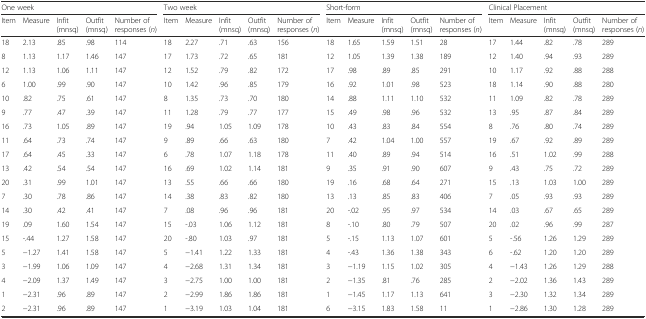
<table><thead><tr><td colspan="5"><b>One week</b></td><td colspan="5"><b>Two week</b></td><td colspan="5"><b>Short-form</b></td><td colspan="5"><b>Clinical Placement</b></td></tr><tr><td><b>Item</b></td><td><b>Measure</b></td><td><b>Infit(mnsq)</b></td><td><b>Outfit(mnsq)</b></td><td><b>Number of responses (<i>n</i>)</b></td><td><b>Item</b></td><td><b>Measure</b></td><td><b>Infit(mnsq)</b></td><td><b>Outfit(mnsq)</b></td><td><b>Number of responses (<i>n</i>)</b></td><td><b>Item</b></td><td><b>Measure</b></td><td><b>Infit(mnsq)</b></td><td><b>Outfit(mnsq)</b></td><td><b>Number of responses (<i>n</i>)</b></td><td><b>Item</b></td><td><b>Measure</b></td><td><b>Infit(mnsq)</b></td><td><b>Outfit(mnsq)</b></td><td><b>Number of responses (<i>n</i>)</b></td></tr></thead><tbody><tr><td>18</td><td>2.13</td><td>.85</td><td>.98</td><td>114</td><td>18</td><td>2.27</td><td>.71</td><td>.63</td><td>156</td><td>18</td><td>1.65</td><td>1.59</td><td>1.51</td><td>28</td><td>17</td><td>1.44</td><td>.82</td><td>.78</td><td>289</td></tr><tr><td>8</td><td>1.13</td><td>1.17</td><td>1.46</td><td>147</td><td>17</td><td>1.73</td><td>.72</td><td>.65</td><td>181</td><td>12</td><td>1.05</td><td>1.39</td><td>1.38</td><td>189</td><td>12</td><td>1.40</td><td>.94</td><td>.93</td><td>289</td></tr><tr><td>12</td><td>1.13</td><td>1.06</td><td>1.11</td><td>147</td><td>12</td><td>1.52</td><td>.79</td><td>.82</td><td>172</td><td>17</td><td>.98</td><td>.89</td><td>.85</td><td>291</td><td>10</td><td>1.17</td><td>.92</td><td>.88</td><td>288</td></tr><tr><td>6</td><td>1.00</td><td>.99</td><td>.90</td><td>147</td><td>10</td><td>1.42</td><td>.96</td><td>.85</td><td>179</td><td>16</td><td>.92</td><td>1.01</td><td>.98</td><td>523</td><td>18</td><td>1.14</td><td>.90</td><td>.88</td><td>280</td></tr><tr><td>10</td><td>.82</td><td>.75</td><td>.61</td><td>147</td><td>8</td><td>1.35</td><td>.73</td><td>.70</td><td>180</td><td>14</td><td>.88</td><td>1.11</td><td>1.10</td><td>532</td><td>11</td><td>1.09</td><td>.82</td><td>.78</td><td>289</td></tr><tr><td>9</td><td>.77</td><td>.47</td><td>.39</td><td>147</td><td>11</td><td>1.28</td><td>.79</td><td>.77</td><td>177</td><td>15</td><td>.49</td><td>.98</td><td>.96</td><td>532</td><td>13</td><td>.95</td><td>.87</td><td>.84</td><td>289</td></tr><tr><td>16</td><td>.73</td><td>1.05</td><td>.89</td><td>147</td><td>19</td><td>.94</td><td>1.05</td><td>1.09</td><td>178</td><td>10</td><td>.43</td><td>.83</td><td>.84</td><td>554</td><td>8</td><td>.76</td><td>.80</td><td>.74</td><td>289</td></tr><tr><td>11</td><td>.64</td><td>.73</td><td>.74</td><td>147</td><td>9</td><td>.89</td><td>.66</td><td>.63</td><td>180</td><td>7</td><td>.42</td><td>1.04</td><td>1.00</td><td>557</td><td>19</td><td>.67</td><td>.92</td><td>.89</td><td>289</td></tr><tr><td>17</td><td>.64</td><td>.45</td><td>.33</td><td>147</td><td>6</td><td>.78</td><td>1.07</td><td>1.18</td><td>178</td><td>11</td><td>.40</td><td>.89</td><td>.94</td><td>514</td><td>16</td><td>.51</td><td>1.02</td><td>.99</td><td>288</td></tr><tr><td>13</td><td>.42</td><td>.54</td><td>.54</td><td>147</td><td>16</td><td>.69</td><td>1.02</td><td>1.14</td><td>181</td><td>9</td><td>.35</td><td>.91</td><td>.90</td><td>607</td><td>9</td><td>.43</td><td>.75</td><td>.72</td><td>289</td></tr><tr><td>20</td><td>.31</td><td>.99</td><td>1.01</td><td>147</td><td>13</td><td>.55</td><td>.66</td><td>.66</td><td>180</td><td>19</td><td>.16</td><td>.68</td><td>.64</td><td>271</td><td>15</td><td>.13</td><td>1.03</td><td>1.00</td><td>289</td></tr><tr><td>7</td><td>.30</td><td>.78</td><td>.86</td><td>147</td><td>14</td><td>.38</td><td>.83</td><td>.82</td><td>180</td><td>13</td><td>.13</td><td>.85</td><td>.83</td><td>406</td><td>7</td><td>.05</td><td>.93</td><td>.93</td><td>289</td></tr><tr><td>14</td><td>.30</td><td>.42</td><td>.41</td><td>147</td><td>7</td><td>.08</td><td>.96</td><td>.96</td><td>181</td><td>20</td><td>-.02</td><td>.95</td><td>.97</td><td>534</td><td>14</td><td>.03</td><td>.67</td><td>.65</td><td>289</td></tr><tr><td>19</td><td>.09</td><td>1.60</td><td>1.54</td><td>147</td><td>15</td><td>-.03</td><td>1.06</td><td>1.12</td><td>181</td><td>8</td><td>-.10</td><td>.80</td><td>.79</td><td>507</td><td>20</td><td>.02</td><td>.96</td><td>.99</td><td>287</td></tr><tr><td>15</td><td>-.44</td><td>1.27</td><td>1.58</td><td>147</td><td>20</td><td>-.80</td><td>1.03</td><td>.97</td><td>181</td><td>5</td><td>-.15</td><td>1.13</td><td>1.07</td><td>601</td><td>5</td><td>-.56</td><td>1.26</td><td>1.29</td><td>289</td></tr><tr><td>5</td><td>−1.27</td><td>1.41</td><td>1.58</td><td>147</td><td>5</td><td>−1.41</td><td>1.22</td><td>1.33</td><td>181</td><td>4</td><td>-.43</td><td>1.36</td><td>1.38</td><td>343</td><td>6</td><td>-.62</td><td>1.20</td><td>1.20</td><td>289</td></tr><tr><td>3</td><td>−1.99</td><td>1.06</td><td>1.09</td><td>147</td><td>4</td><td>−2.68</td><td>1.31</td><td>1.34</td><td>181</td><td>3</td><td>−1.19</td><td>1.15</td><td>1.02</td><td>305</td><td>4</td><td>−1.43</td><td>1.26</td><td>1.29</td><td>288</td></tr><tr><td>4</td><td>−2.09</td><td>1.37</td><td>1.49</td><td>147</td><td>3</td><td>−2.75</td><td>1.00</td><td>1.00</td><td>181</td><td>2</td><td>−1.35</td><td>.81</td><td>.76</td><td>285</td><td>2</td><td>−2.02</td><td>1.36</td><td>1.43</td><td>289</td></tr><tr><td>1</td><td>−2.31</td><td>.96</td><td>.89</td><td>147</td><td>2</td><td>−2.99</td><td>1.86</td><td>1.86</td><td>181</td><td>1</td><td>−1.45</td><td>1.17</td><td>1.13</td><td>641</td><td>3</td><td>−2.30</td><td>1.32</td><td>1.34</td><td>289</td></tr><tr><td>2</td><td>−2.31</td><td>.96</td><td>.89</td><td>147</td><td>1</td><td>−3.19</td><td>1.03</td><td>1.04</td><td>181</td><td>6</td><td>−3.15</td><td>1.83</td><td>1.58</td><td>11</td><td>1</td><td>−2.86</td><td>1.30</td><td>1.28</td><td>289</td></tr></tbody></table>